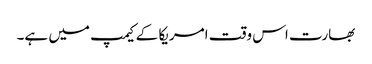
بھارت اس وقت امریکا کے کیمپ میں ہے۔